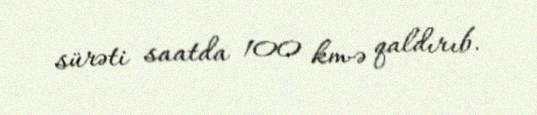
sürəti saatda 100 km-ə qaldırıb.